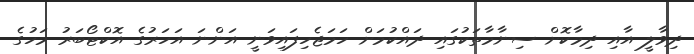
ދިވާލީ އާއި ދިމާކޮށް ސިނާމާތަކުގައި ދައްކުމަށް ހަމަޖެހިފައިވަނީ އަންނަ އަހަރުގެ އޮކްޓޯބަރު މަހުގެ